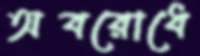
অবরোধে